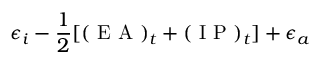
\epsilon _ { i } - \frac { 1 } { 2 } [ ( \mathrm { ~ E ~ A ~ } ) _ { t } + ( \mathrm { ~ I ~ P ~ } ) _ { t } ] + \epsilon _ { a }